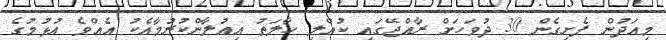
މިއަދުން ފެށިގެން 30 ދުވަހަށް ރާއްޖޭގައި ކުއްލި ހާލަތު އިއުލާންކުރުމާއެކު އެއްވެ އުޅުމުގެ